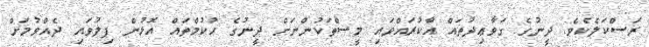
ރަސްކަލެކެވެ. ދީނުގެ ގަވާޢިދުތައް އާކުރައްވައި މީސްތަކުންނަށް ދީނުގެ ޙުކުމްތައް އޮޅުން ފިލުވައި ދެއްވުމަށް